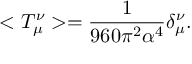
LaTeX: < T _ { \mu } ^ { \nu } > = \frac { 1 } { 9 6 0 \pi ^ { 2 } \alpha ^ { 4 } } \delta _ { \mu } ^ { \nu } .